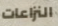
النزاعات